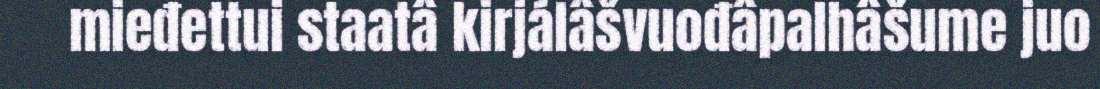
mieđettui staatâ kirjálâšvuođâpalhâšume juo